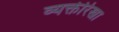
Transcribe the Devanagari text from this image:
व्यक्तीरेखा